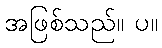
အဖြစ်သည်။ ပ။